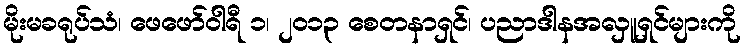
မိုးမခရုပ်သံ၊ ဖေဖော်ဝါရီ ၁၊ ၂၀၁၃ စေတနာရှင်၊ ပညာဒါနအလှူရှင်များကို